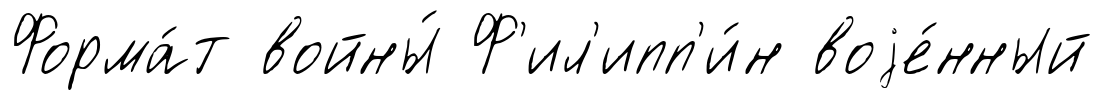
Форма́т войны́ Ф'ил'ипп'и́н воjе́нный